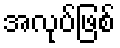
အလုပ်ဖြစ်